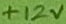
Text: +12V